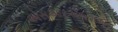
એસઆરએએમએસ